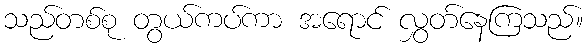
သည်တစ်စု တွယ်ကပ်ကာ အရောင် လွှတ်နေကြသည်။